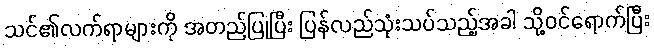
သင်၏လက်ရာများကို အတည်ပြုပြီး ပြန်လည်သုံးသပ်သည့်အခါ သို့ဝင်ရောက်ပြီး